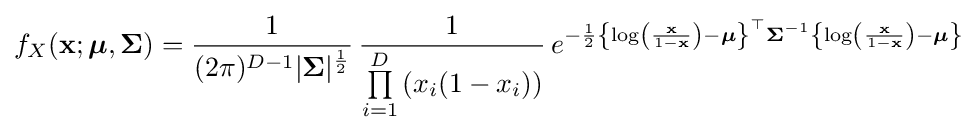
f_{X}(\mathbf {x} ;{\boldsymbol {\mu }},{\boldsymbol {\Sigma }})={\frac {1}{(2\pi )^{D-1}|{\boldsymbol {\Sigma }}|^{\frac {1}{2}}}}\,{\frac {1}{\prod \limits _{i=1}^{D}\left(x_{i}(1-x_{i})\right)}}\,e^{-{\frac {1}{2}}\left\{\log \left({\frac {\mathbf {x} }{1-\mathbf {x} }}\right)-{\boldsymbol {\mu }}\right\}^{\top }{\boldsymbol {\Sigma }}^{-1}\left\{\log \left({\frac {\mathbf {x} }{1-\mathbf {x} }}\right)-{\boldsymbol {\mu }}\right\}}